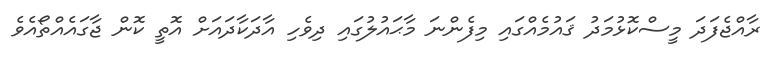
ރާއްޖެފަދަ މީސްކޮޅުމަދު ޤައުމެއްގައި މިފެންނަ މާޙައުލުގައި ދިވެހި އާދަކާދައަށް އޮތީ ކޮން ޖާގައެއްތޯއެވެ